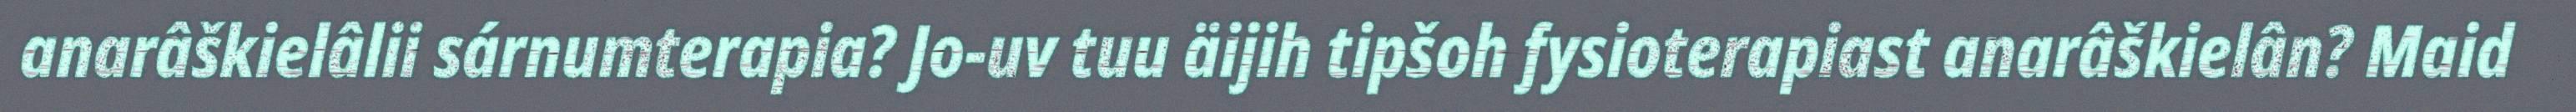
anarâškielâlii sárnumterapia? Jo-uv tuu äijih tipšoh fysioterapiast anarâškielân? Maid